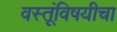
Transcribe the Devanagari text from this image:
वस्तूंविषयीचा